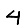
Digit: 4